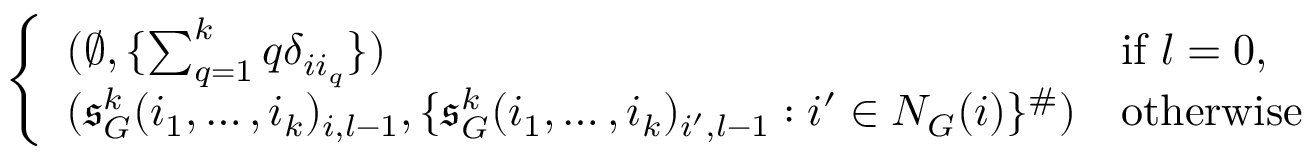
\left\{ \begin{array} { l l } { ( \emptyset , \{ \sum _ { q = 1 } ^ { k } q \delta _ { i i _ { q } } \} ) } & { \mathrm { i f ~ } l = 0 , } \\ { ( \mathfrak { s } _ { G } ^ { k } ( i _ { 1 } , \dots , i _ { k } ) _ { i , l - 1 } , \{ \mathfrak { s } _ { G } ^ { k } ( i _ { 1 } , \dots , i _ { k } ) _ { i ^ { \prime } , l - 1 } : i ^ { \prime } \in N _ { G } ( i ) \} ^ { \# } ) } & { \mathrm { o t h e r w i s e } } \end{array} \right.